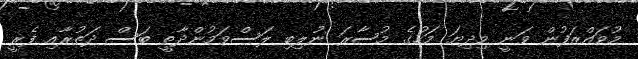
މުވައްޒަފުން ވަނީ މިދިޔަ މަހުގެ މުސާރަ ނުލިބި ލަސްވަމުންދާތީ ބަސް ދަތުރާއި ފެރީ